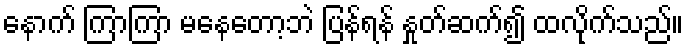
နောက် ကြာကြာ မနေတော့ဘဲ ပြန်ရန် နှုတ်ဆက်၍ ထလိုက်သည်။